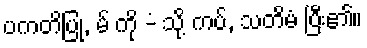
ပကတိပြု, မ် ကို -ံ သို့ ကပ်, သတိမံ ပြီး၏။